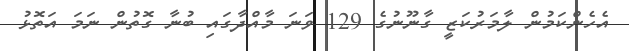
އެހެންކަމުން ލާމަރުކަޒީ ގާނޫނުގެ 129 ވަނަ މާއްދާގައި ބުނާ ގޮތުން ނަމަ އަތޮޅު